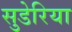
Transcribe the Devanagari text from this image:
सुडेरिया